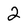
Character: 2